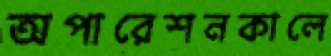
অপারেশনকালে